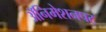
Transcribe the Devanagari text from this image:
अॅनिमेशनपट